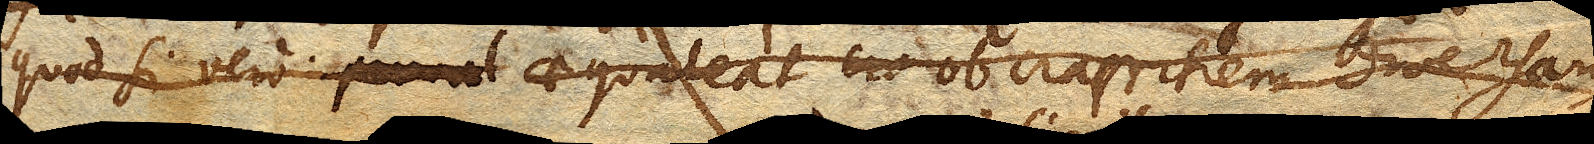
Quod si vero aequaleat ob crassitiem diversam